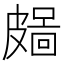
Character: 𥀜